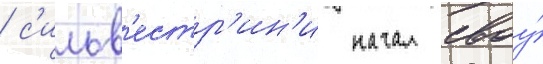
/ с'ильв'естр'ин'и начал своу́